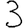
Digit: 3